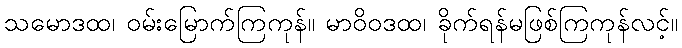
သမောဒထ၊ ဝမ်းမြောက်ကြကုန်။ မာဝိဝဒထ၊ ခိုက်ရန်မဖြစ်ကြကုန်လင့်။